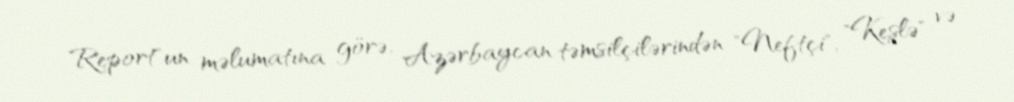
Report"un məlumatına görə, Azərbaycan təmsilçilərindən "Neftçi", "Keşlə" və